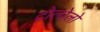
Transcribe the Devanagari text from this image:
टोलोलो